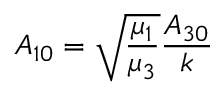
A _ { 1 0 } = \sqrt { \frac { \mu _ { 1 } } { \mu _ { 3 } } } \frac { A _ { 3 0 } } { k }